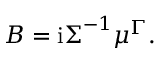
\boldsymbol { B } = \mathrm { i } \boldsymbol { \Sigma } ^ { - 1 } \boldsymbol { \mu } ^ { \Gamma } .